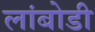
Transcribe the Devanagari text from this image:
लांबोडी